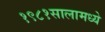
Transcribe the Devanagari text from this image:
१९८१सालामध्ये